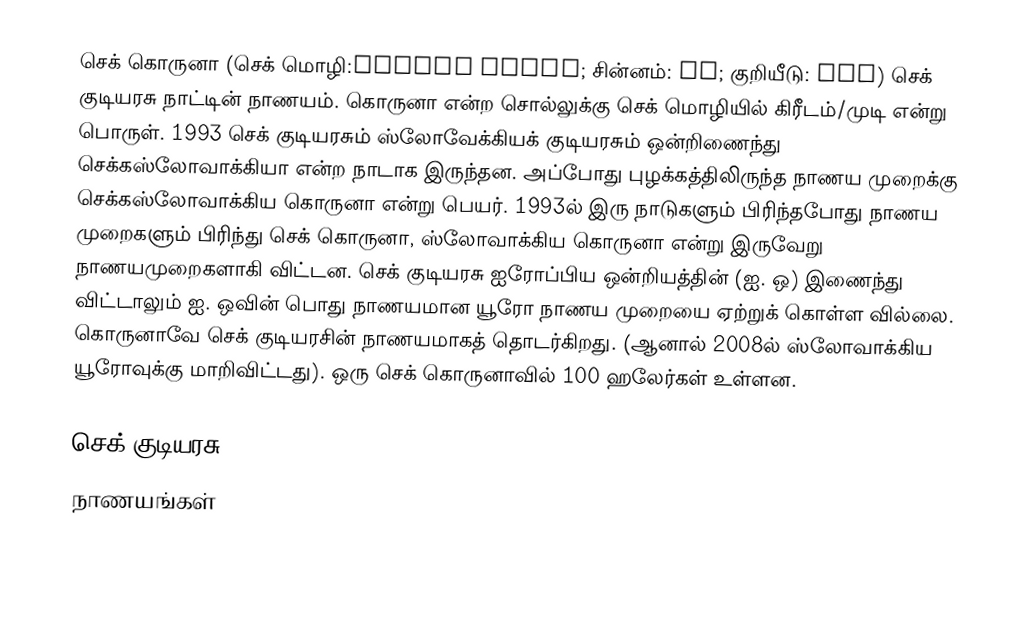
செக் கொருனா (செக் மொழி:koruna česká; சின்னம்: Kč; குறியீடு: CZK) செக் குடியரசு நாட்டின் நாணயம். கொருனா என்ற சொல்லுக்கு செக் மொழியில் கிரீடம்/முடி என்று பொருள். 1993 செக் குடியரசும் ஸ்லோவேக்கியக் குடியரசும் ஒன்றிணைந்து செக்கஸ்லோவாக்கியா என்ற நாடாக இருந்தன. அப்போது புழக்கத்திலிருந்த நாணய முறைக்கு செக்கஸ்லோவாக்கிய கொருனா என்று பெயர். 1993ல் இரு நாடுகளும் பிரிந்தபோது நாணய முறைகளும் பிரிந்து செக் கொருனா, ஸ்லோவாக்கிய கொருனா என்று இருவேறு நாணயமுறைகளாகி விட்டன. செக் குடியரசு ஐரோப்பிய ஒன்றியத்தின் (ஐ. ஒ) இணைந்து விட்டாலும் ஐ. ஒவின் பொது நாணயமான யூரோ நாணய முறையை ஏற்றுக் கொள்ள வில்லை. கொருனாவே செக் குடியரசின் நாணயமாகத் தொடர்கிறது. (ஆனால் 2008ல் ஸ்லோவாக்கிய யூரோவுக்கு மாறிவிட்டது). ஒரு செக் கொருனாவில் 100 ஹலேர்கள் உள்ளன.

செக் குடியரசு
நாணயங்கள்